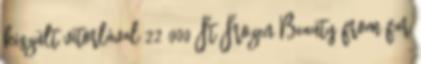
készült vitorlával 22 000 Ft Frozen Beauty from far